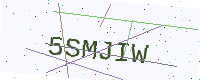
Text: 5SMJIW